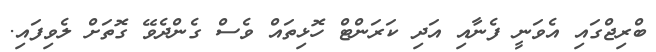
ބްރިޖްގައި އެވަނީ ފެނާއި އަދި ކަރަންޓް ހޮޅިތައް ވެސް ގެންދެވޭ ގޮތަށް ލެވިފައި.